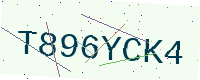
Text: T896YCK4